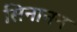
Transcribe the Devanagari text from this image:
सिनानन